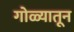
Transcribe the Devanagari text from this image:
गोळ्यातून